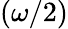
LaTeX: (\omega/2)